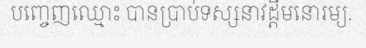
បញ្ចេញឈ្មោះ បានប្រាប់ទស្សនាវដ្តីមនោរម្យ.